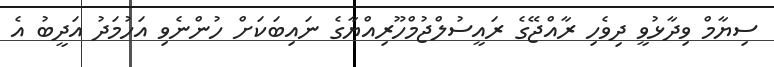
ސިޔާމް ވިދާޅުވީ ދިވެހި ރާއްޖޭގެ ރައީސުލްޖުމްހޫރިއްޔާގެ ނައިބަކަށް ހުންނެވި އަހުމަދު އަދީބު އެ